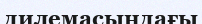
дилемасындағы